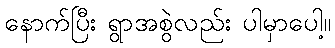
နောက်ပြီး ရွာအစွဲလည်း ပါမှာပေါ့။